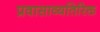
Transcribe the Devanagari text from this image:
प्रवासाव्यतिरिक्त